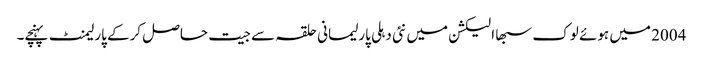
2004 میں ہوئے لوک سبھا الیکشن میں نئی دہلی پارلیمانی حلقہ سے جیت حاصل کرکے پارلیمنٹ پہنچے۔